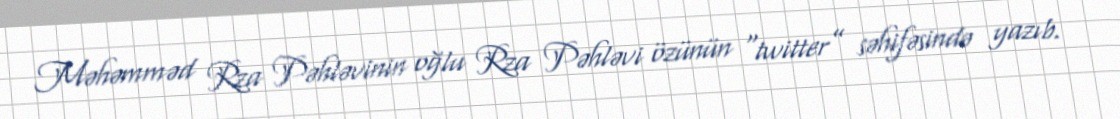
Məhəmməd Rza Pəhləvinin oğlu Rza Pəhləvi özünün “twitter” səhifəsində yazıb.